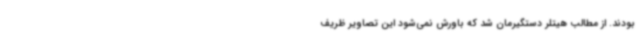
بودند. از مطالب هیتلر دستگیرمان شد که باورش نمی‌شود این تصاویر ظریف